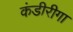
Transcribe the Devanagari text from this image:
कंडीरीगा